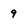
Character: 9